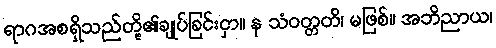
ရာဂအစရှိသည်တို့၏ချုပ်ခြင်းငှာ။ န သံဝတ္တတိ၊ မဖြစ်။ အဘိညာယ၊